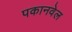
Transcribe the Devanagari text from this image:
पकानवेल